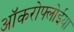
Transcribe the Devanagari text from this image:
ऑकरोफ्लोईया